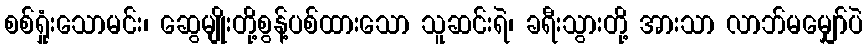
စစ်ရှုံးသောမင်း၊ ဆွေမျိုးတို့စွန့်ပစ်ထားသော သူဆင်းရဲ၊ ခရီးသွားတို့ အားသာ လာဘ်မမျှော်ပဲ